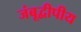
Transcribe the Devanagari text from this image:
जंबूद्वीपीय